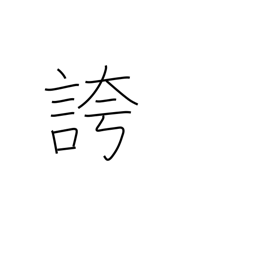
Meaning: triumphantly